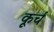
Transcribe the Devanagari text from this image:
कूर्च